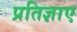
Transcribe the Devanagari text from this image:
प्रतिज्ञाए